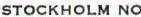
STOCKHOLM NO